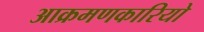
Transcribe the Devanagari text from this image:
आक्रमणकारियो